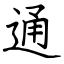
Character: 通